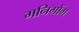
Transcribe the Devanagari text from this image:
मनिगोंग